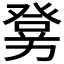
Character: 𤼶